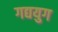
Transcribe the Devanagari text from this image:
गद्ययुग